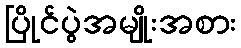
ပြိုင်ပွဲအမျိုးအစား